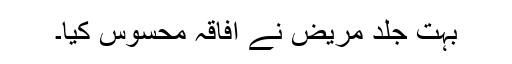
بہت جلد مریض نے افاقہ محسوس کیا۔